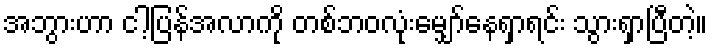
အဘွားဟာ ငါ့ပြန်အလာကို တစ်ဘဝလုံးမျှော်နေရှာရင်း သွားရှာပြီတဲ့။